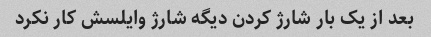
بعد از یک بار شارژ کردن دیگه شارژ وایلسش کار نکرد